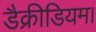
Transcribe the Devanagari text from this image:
डैक्रीडियम।